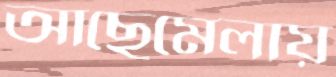
আছেমেলায়